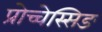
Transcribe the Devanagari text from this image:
प्रोच्चेस्सिङ